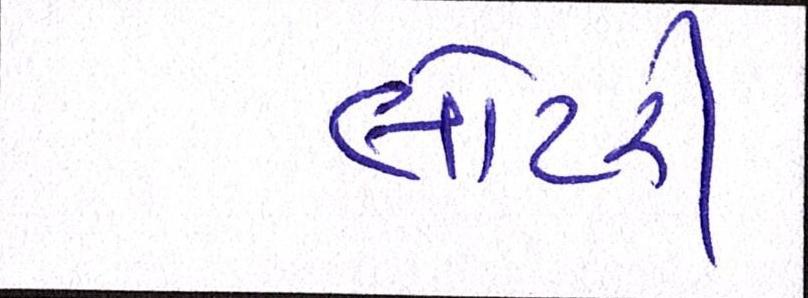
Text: લોટરી